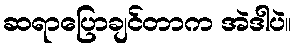
ဆရာပြောချင်တာက အဲဒါပဲ။